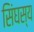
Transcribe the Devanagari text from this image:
सिंघस्य